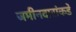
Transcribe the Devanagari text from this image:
जमीनदारांकडे